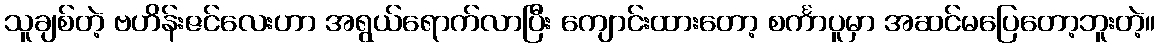
သူချစ်တဲ့ ဗဟိန်းဇင်လေးဟာ အရွယ်ရောက်လာပြီး ကျောင်းထားတော့ စင်္ကာပူမှာ အဆင်မပြေတော့ဘူးတဲ့။